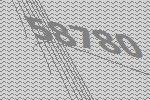
58780